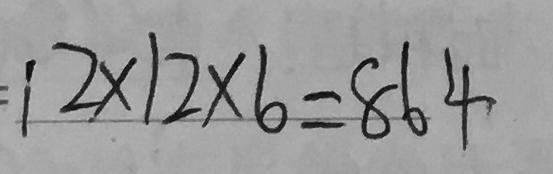
1 2 \times 1 2 \times 6 = 8 6 4